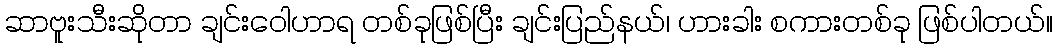
ဆာဗူးသီးဆိုတာ ချင်းဝေါဟာရ တစ်ခုဖြစ်ပြီး ချင်းပြည်နယ်၊ ဟားခါး စကားတစ်ခု ဖြစ်ပါတယ်။